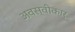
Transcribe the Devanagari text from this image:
अवस्वीकार